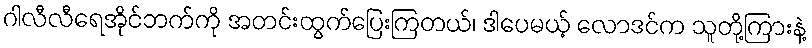
ဂါလီလီရေအိုင်ဘက်ကို အတင်းထွက်ပြေးကြတယ်၊ ဒါပေမယ့် လောဒင်က သူတို့ကြားနဲ့